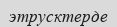
этрусктерде